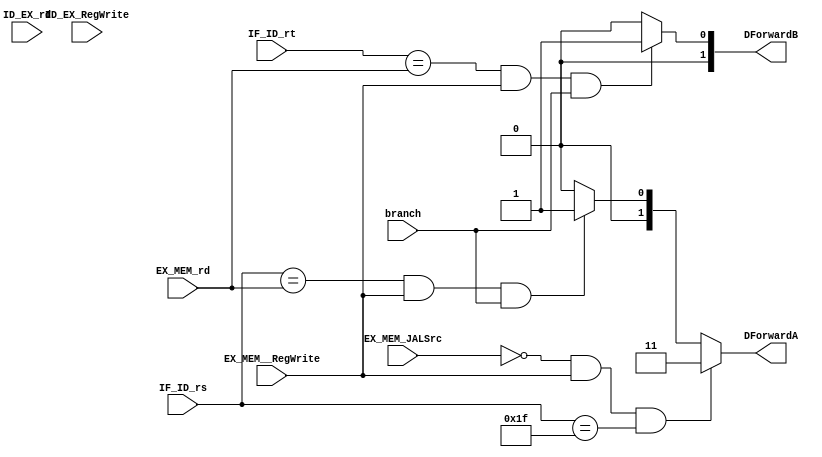
`timescale 1ns / 1ps
//////////////////////////////////////////////////////////////////////////////////
// Company: 
// Engineer: 
// 
// Design Name: 
// Module Name: DecodeForwarding
// Project Name: 
// Target Devices: 
// Tool Versions: 
// Description: 
// 
// Dependencies: 
// 
// Revision:
// Revision 0.01 - File Created
// Additional Comments:
// 
//////////////////////////////////////////////////////////////////////////////////


module DecodeForwarding(DForwardA, DForwardB, IF_ID_rs, IF_ID_rt, ID_EX_rd, ID_EX_RegWrite, EX_MEM__RegWrite, EX_MEM_rd, branch, EX_MEM_JALSrc);

input ID_EX_RegWrite, EX_MEM__RegWrite, branch, EX_MEM_JALSrc;
input [4:0] IF_ID_rs, IF_ID_rt, ID_EX_rd, EX_MEM_rd;


output reg [1:0] DForwardA, DForwardB;


    initial begin
        DForwardA <= 0;
        DForwardB <= 0;
    end

    
    always @ (*) begin
        DForwardA <= 0;
        DForwardB <= 0;
        
        
        if (IF_ID_rs == EX_MEM_rd
            && EX_MEM__RegWrite == 1
            && branch == 1
            ) begin
            DForwardA <= 1;
        end
        
        
        //jal to a jr
        if (EX_MEM_JALSrc == 0
            && EX_MEM__RegWrite == 1
            && IF_ID_rs == 31
            )   begin
            DForwardA <= 3;
        end
        
        //addi to beq
        if  (IF_ID_rt == EX_MEM_rd
            && EX_MEM__RegWrite == 1
            && branch == 1
            )   begin
            DForwardB <= 1;
        end
        
        
        
        
        
    end




endmodule